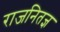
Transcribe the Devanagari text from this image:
राजनितज्ञ